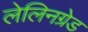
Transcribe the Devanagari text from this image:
लेलिनग्रेड